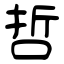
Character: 哲